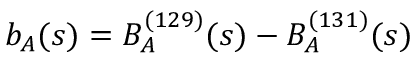
b _ { A } ( s ) = B _ { A } ^ { ( 1 2 9 ) } ( s ) - B _ { A } ^ { ( 1 3 1 ) } ( s )